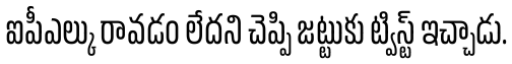
ఐపీఎల్కు రావడం లేదని చెప్పి జట్టుకు ట్విస్ట్ ఇచ్చాడు.